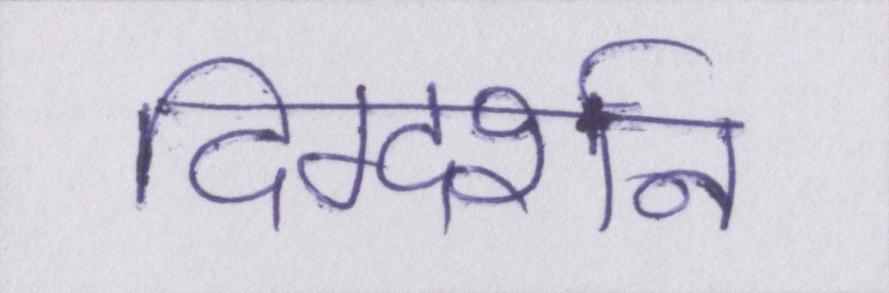
दिग्दर्शन